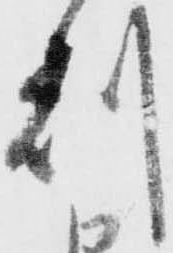
刻